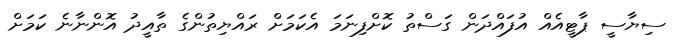
ސިޔާސީ ޕާޓީއެއް އުފައްދަން ގަސްތު ކޮށްފިނަމަ އެކަމަށް ރައްޔިތުންގެ ތާއީދު އޮންނާނެ ކަމަށް